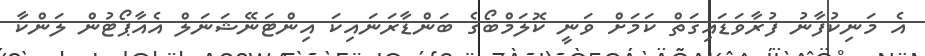
އެ މަނިކުފާނު ފުރާވަޑައިގަތް ކަމަށް ވަނީ ކޮލަމްބޯގެ ބަންޑާރަނައިކަ އިންޓަނޭޝަނަލް އެއާޕޯޓުން ލަންކާ